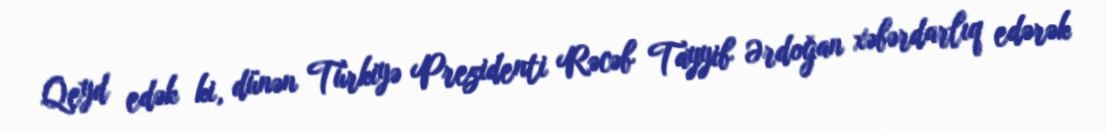
Qeyd edək ki, dünən Türkiyə Prezidenti Rəcəb Tayyib Ərdoğan xəbərdarlıq edərək